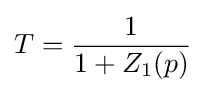
T={\frac {1}{1+Z_{1}(p)}}